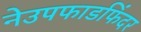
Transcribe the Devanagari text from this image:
नेउपफाडफिंदर